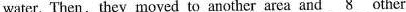
water. Then, they moved to another area and \underline{8} other